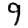
Digit: 9